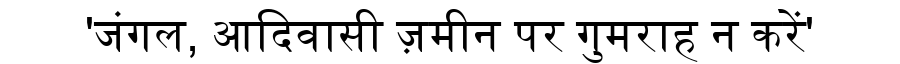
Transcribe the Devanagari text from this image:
'जंगल, आदिवासी ज़मीन पर गुमराह न करें'